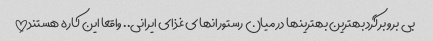
بی برو برگرد بهترین بهترینها در میان رستورانهای غذای ایرانی.. واقعا این کاره هستند!!!